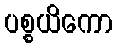
ပစ္စယိကော